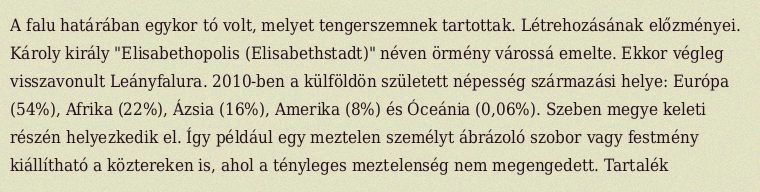
A falu határában egykor tó volt, melyet tengerszemnek tartottak. Létrehozásának előzményei. Károly király "Elisabethopolis (Elisabethstadt)" néven örmény várossá emelte. Ekkor végleg visszavonult Leányfalura. 2010-ben a külföldön született népesség származási helye: Európa (54%), Afrika (22%), Ázsia (16%), Amerika (8%) és Óceánia (0,06%). Szeben megye keleti részén helyezkedik el. Így például egy meztelen személyt ábrázoló szobor vagy festmény kiállítható a köztereken is, ahol a tényleges meztelenség nem megengedett. Tartalék